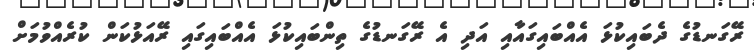
ރޭގަނޑުގެ ދެބައިކުޅަ އެއްބައިގައާއި އަދި އެ ރޭގަނޑުގެ ތިންބައިކުޅަ އެއްބައިގައި ރޭއަޅުކަން ކުރެއްވުމަށް